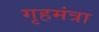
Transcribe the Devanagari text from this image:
गृहमंत्रा